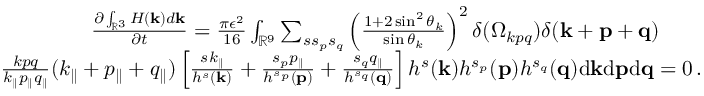
\begin{array} { r l r } & { } & { \frac { \partial \int _ { { \mathbb { R } } ^ { 3 } } H ( { \bf k } ) d { \bf k } } { \partial t } = \frac { \pi \epsilon ^ { 2 } } { 1 6 } \int _ { { \mathbb { R } } ^ { 9 } } \sum _ { s s _ { p } s _ { q } } \left( \frac { 1 + 2 \sin ^ { 2 } \theta _ { k } } { \sin \theta _ { k } } \right) ^ { 2 } \delta ( \Omega _ { k p q } ) \delta ( { \bf k } + { \bf p } + { \bf q } ) \quad \quad } \\ & { } & { \frac { k p q } { k _ { \parallel } p _ { \parallel } q _ { \parallel } } ( k _ { \parallel } + p _ { \parallel } + q _ { \parallel } ) \left[ \frac { s k _ { \parallel } } { h ^ { s } ( { \bf k } ) } + \frac { s _ { p } p _ { \parallel } } { h ^ { s _ { p } } ( { \bf p } ) } + \frac { s _ { q } q _ { \parallel } } { h ^ { s _ { q } } ( { \bf q } ) } \right] h ^ { s } ( { \bf k } ) h ^ { s _ { p } } ( { \bf p } ) h ^ { s _ { q } } ( { \bf q } ) \mathrm { d } { \bf k } \mathrm { d } { \bf p } \mathrm { d } { \bf q } = 0 \, . } \end{array}